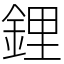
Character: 鋰